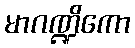
မာဂဏ္ဍိကော